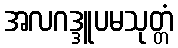
အလဂဒ္ဒူပမသုတ္တံ